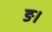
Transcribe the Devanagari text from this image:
ङ।